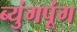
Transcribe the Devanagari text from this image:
ब्युंगपूंग